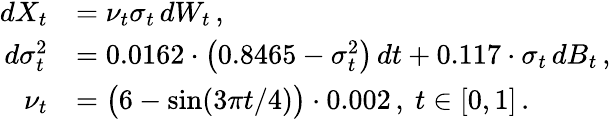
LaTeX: \begin{array}{rl}{dX_{t}}&{=\nu_{t}\sigma_{t}\, dW_{t}\, ,}\\ {d\sigma_{t}^{2}}&{=0{.}0162\cdot\big(0{.}8465-\sigma_{t}^{2}\big)\, dt+0{.}117\cdot\sigma_{t}\, dB_{t}\, ,}\\ {\nu_{t}}&{=\big(6-\sin(3\pi t/4)\big)\cdot 0{.}002\, ,~t\in[0,1]\, .}\end{array}